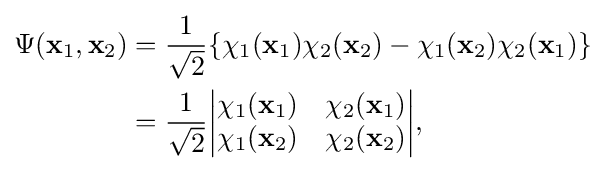
{\begin{aligned}\Psi (\mathbf {x} _{1},\mathbf {x} _{2})&={\frac {1}{\sqrt {2}}}\{\chi _{1}(\mathbf {x} _{1})\chi _{2}(\mathbf {x} _{2})-\chi _{1}(\mathbf {x} _{2})\chi _{2}(\mathbf {x} _{1})\}\\&={\frac {1}{\sqrt {2}}}{\begin{vmatrix}\chi _{1}(\mathbf {x} _{1})&\chi _{2}(\mathbf {x} _{1})\\\chi _{1}(\mathbf {x} _{2})&\chi _{2}(\mathbf {x} _{2})\end{vmatrix}},\end{aligned}}